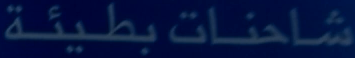
شاحنات-بطيئة